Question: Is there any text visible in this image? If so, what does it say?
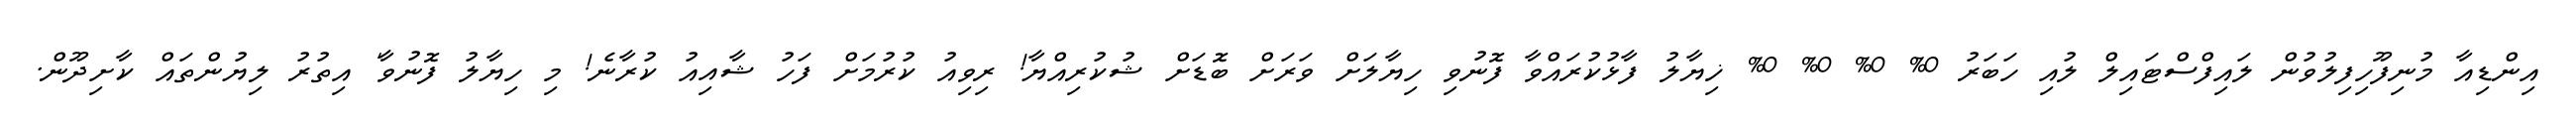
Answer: އިންޑިއާ މުނިފޫހިފިލުވުން ލައިފްސްޓައިލް ލުއި ހަބަރު 0% 0% 0% 0% ޚިޔާލު ފާޅުކުރައްވާ ފޮނުވި ހިޔާލަށް ވަރަށް ބޮޑަށް ޝުކުރިއްޔާ! ރިވިއު ކުރުމަށް ފަހު ޝާއިއު ކުރާނެ! މި ހިޔާލު ފޮނުވާ' އިތުރު ލިޔުންތައް ކާށިދޫން.